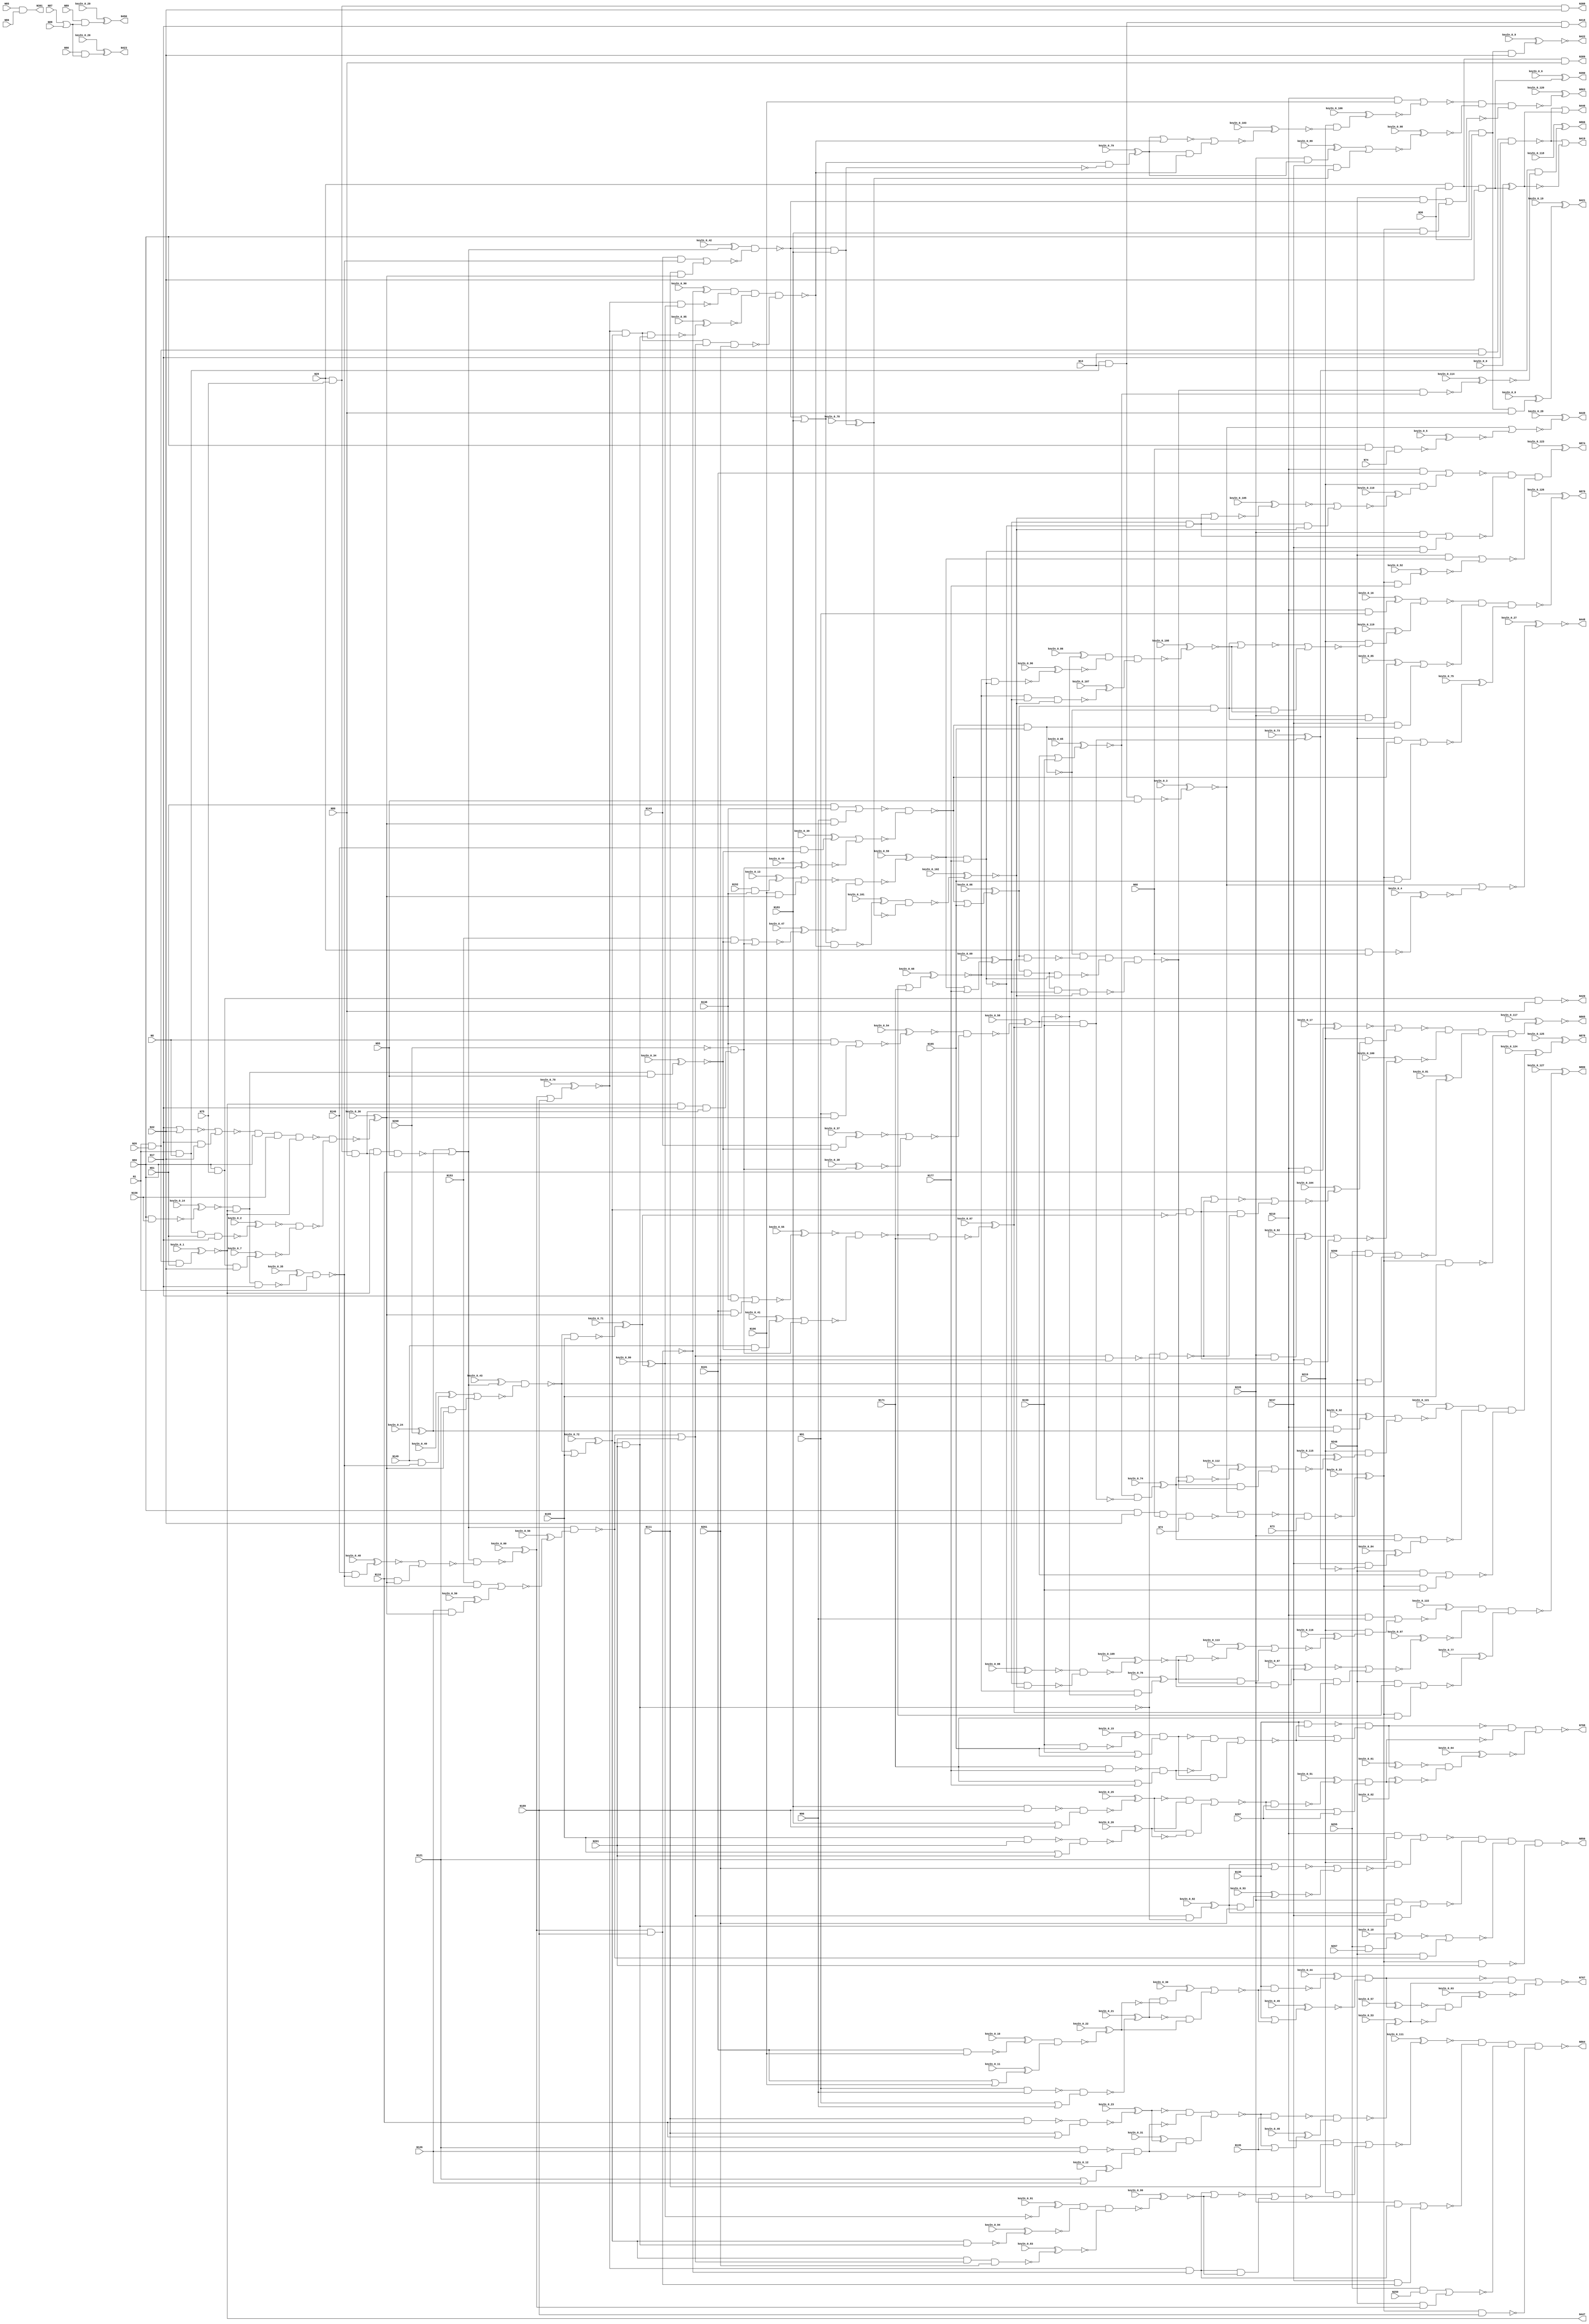
`timescale 1ns / 1ps
// Verilog
// c880
// Ninputs 60
// Noutputs 26
// NtotalGates 383
// NAND4 13
// AND3 12
// NAND2 60
// NAND3 14
// AND2 105
// OR2 29
// NOT1 63
// NOR2 61
// BUFF1 26

module top (N1,N8,N13,N17,N26,N29,N36,N42,N51,N55,
             N59,N68,N72,N73,N74,N75,N80,N85,N86,N87,
             N88,N89,N90,N91,N96,N101,N106,N111,N116,N121,
             N126,N130,N135,N138,N143,N146,N149,N152,N153,N156,
             N159,N165,N171,N177,N183,N189,N195,N201,N207,N210,
             N219,N228,N237,N246,N255,N259,N260,N261,N267,N268,
             N388,N389,N390,N391,N418,N419,N420,N421,N422,N423,
             N446,N447,N448,N449,N450,N767,N768,N850,N863,N864,
                  N865,N866,N874,N878,N879,N880,
        keyIn_0_0, keyIn_0_1, keyIn_0_2, keyIn_0_3, keyIn_0_4,
        keyIn_0_5, keyIn_0_6, keyIn_0_7, keyIn_0_8, keyIn_0_9,
        keyIn_0_10, keyIn_0_11, keyIn_0_12, keyIn_0_13, keyIn_0_14,
        keyIn_0_15, keyIn_0_16, keyIn_0_17, keyIn_0_18, keyIn_0_19,
        keyIn_0_20, keyIn_0_21, keyIn_0_22, keyIn_0_23, keyIn_0_24,
        keyIn_0_25, keyIn_0_26, keyIn_0_27, keyIn_0_28, keyIn_0_29,
        keyIn_0_30, keyIn_0_31, keyIn_0_32, keyIn_0_33, keyIn_0_34,
        keyIn_0_35, keyIn_0_36, keyIn_0_37, keyIn_0_38, keyIn_0_39,
        keyIn_0_40, keyIn_0_41, keyIn_0_42, keyIn_0_43, keyIn_0_44,
        keyIn_0_45, keyIn_0_46, keyIn_0_47, keyIn_0_48, keyIn_0_49,
        keyIn_0_50, keyIn_0_51, keyIn_0_52, keyIn_0_53, keyIn_0_54,
        keyIn_0_55, keyIn_0_56, keyIn_0_57, keyIn_0_58, keyIn_0_59,
        keyIn_0_60, keyIn_0_61, keyIn_0_62, keyIn_0_63, keyIn_0_64,
        keyIn_0_65, keyIn_0_66, keyIn_0_67, keyIn_0_68, keyIn_0_69,
        keyIn_0_70, keyIn_0_71, keyIn_0_72, keyIn_0_73, keyIn_0_74,
        keyIn_0_75, keyIn_0_76, keyIn_0_77, keyIn_0_78, keyIn_0_79,
        keyIn_0_80, keyIn_0_81, keyIn_0_82, keyIn_0_83, keyIn_0_84,
        keyIn_0_85, keyIn_0_86, keyIn_0_87, keyIn_0_88, keyIn_0_89,
        keyIn_0_90, keyIn_0_91, keyIn_0_92, keyIn_0_93, keyIn_0_94,
        keyIn_0_95, keyIn_0_96, keyIn_0_97, keyIn_0_98, keyIn_0_99,
        keyIn_0_100, keyIn_0_101, keyIn_0_102, keyIn_0_103, keyIn_0_104,
        keyIn_0_105, keyIn_0_106, keyIn_0_107, keyIn_0_108, keyIn_0_109,
        keyIn_0_110, keyIn_0_111, keyIn_0_112, keyIn_0_113, keyIn_0_114,
        keyIn_0_115, keyIn_0_116, keyIn_0_117, keyIn_0_118, keyIn_0_119,
        keyIn_0_120, keyIn_0_121, keyIn_0_122, keyIn_0_123, keyIn_0_124,
        keyIn_0_125, keyIn_0_126, keyIn_0_127);

  input keyIn_0_0, keyIn_0_1, keyIn_0_2, keyIn_0_3, keyIn_0_4;
  input keyIn_0_5, keyIn_0_6, keyIn_0_7, keyIn_0_8, keyIn_0_9;
  input keyIn_0_10, keyIn_0_11, keyIn_0_12, keyIn_0_13, keyIn_0_14;
  input keyIn_0_15, keyIn_0_16, keyIn_0_17, keyIn_0_18, keyIn_0_19;
  input keyIn_0_20, keyIn_0_21, keyIn_0_22, keyIn_0_23, keyIn_0_24;
  input keyIn_0_25, keyIn_0_26, keyIn_0_27, keyIn_0_28, keyIn_0_29;
  input keyIn_0_30, keyIn_0_31, keyIn_0_32, keyIn_0_33, keyIn_0_34;
  input keyIn_0_35, keyIn_0_36, keyIn_0_37, keyIn_0_38, keyIn_0_39;
  input keyIn_0_40, keyIn_0_41, keyIn_0_42, keyIn_0_43, keyIn_0_44;
  input keyIn_0_45, keyIn_0_46, keyIn_0_47, keyIn_0_48, keyIn_0_49;
  input keyIn_0_50, keyIn_0_51, keyIn_0_52, keyIn_0_53, keyIn_0_54;
  input keyIn_0_55, keyIn_0_56, keyIn_0_57, keyIn_0_58, keyIn_0_59;
  input keyIn_0_60, keyIn_0_61, keyIn_0_62, keyIn_0_63, keyIn_0_64;
  input keyIn_0_65, keyIn_0_66, keyIn_0_67, keyIn_0_68, keyIn_0_69;
  input keyIn_0_70, keyIn_0_71, keyIn_0_72, keyIn_0_73, keyIn_0_74;
  input keyIn_0_75, keyIn_0_76, keyIn_0_77, keyIn_0_78, keyIn_0_79;
  input keyIn_0_80, keyIn_0_81, keyIn_0_82, keyIn_0_83, keyIn_0_84;
  input keyIn_0_85, keyIn_0_86, keyIn_0_87, keyIn_0_88, keyIn_0_89;
  input keyIn_0_90, keyIn_0_91, keyIn_0_92, keyIn_0_93, keyIn_0_94;
  input keyIn_0_95, keyIn_0_96, keyIn_0_97, keyIn_0_98, keyIn_0_99;
  input keyIn_0_100, keyIn_0_101, keyIn_0_102, keyIn_0_103, keyIn_0_104;
  input keyIn_0_105, keyIn_0_106, keyIn_0_107, keyIn_0_108, keyIn_0_109;
  input keyIn_0_110, keyIn_0_111, keyIn_0_112, keyIn_0_113, keyIn_0_114;
  input keyIn_0_115, keyIn_0_116, keyIn_0_117, keyIn_0_118, keyIn_0_119;
  input keyIn_0_120, keyIn_0_121, keyIn_0_122, keyIn_0_123, keyIn_0_124;
  input keyIn_0_125, keyIn_0_126, keyIn_0_127;

  wire [0:127] KeyWire_0;
  wire [0:67] KeyNOTWire_0;

input N1,N8,N13,N17,N26,N29,N36,N42,N51,N55,
      N59,N68,N72,N73,N74,N75,N80,N85,N86,N87,
      N88,N89,N90,N91,N96,N101,N106,N111,N116,N121,
      N126,N130,N135,N138,N143,N146,N149,N152,N153,N156,
      N159,N165,N171,N177,N183,N189,N195,N201,N207,N210,
      N219,N228,N237,N246,N255,N259,N260,N261,N267,N268;

output N388,N389,N390,N391,N418,N419,N420,N421,N422,N423,
       N446,N447,N448,N449,N450,N767,N768,N850,N863,N864,
       N865,N866,N874,N878,N879,N880;

wire N269,N270,N273,N276,N279,N280,N284,N285,N286,N287,
     N290,N291,N292,N293,N294,N295,N296,N297,N298,N301,
     N302,N303,N304,N305,N306,N307,N308,N309,N310,N316,
     N317,N318,N319,N322,N323,N324,N325,N326,N327,N328,
     N329,N330,N331,N332,N333,N334,N335,N336,N337,N338,
     N339,N340,N341,N342,N343,N344,N345,N346,N347,N348,
     N349,N350,N351,N352,N353,N354,N355,N356,N357,N360,
     N363,N366,N369,N375,N376,N379,N382,N385,N392,N393,
     N399,N400,N401,N402,N403,N404,N405,N406,N407,N408,
     N409,N410,N411,N412,N413,N414,N415,N416,N417,N424,
     N425,N426,N427,N432,N437,N442,N443,N444,N445,N451,
     N460,N463,N466,N475,N476,N477,N478,N479,N480,N481,
     N482,N483,N488,N489,N490,N491,N492,N495,N498,N499,
     N500,N501,N502,N503,N504,N505,N506,N507,N508,N509,
     N510,N511,N512,N513,N514,N515,N516,N517,N518,N519,
     N520,N521,N522,N523,N524,N525,N526,N527,N528,N529,
     N530,N533,N536,N537,N538,N539,N540,N541,N542,N543,
     N544,N547,N550,N551,N552,N553,N557,N561,N565,N569,
     N573,N577,N581,N585,N586,N587,N588,N589,N590,N593,
     N596,N597,N600,N605,N606,N609,N615,N616,N619,N624,
     N625,N628,N631,N632,N635,N640,N641,N644,N650,N651,
     N654,N659,N660,N661,N662,N665,N669,N670,N673,N677,
     N678,N682,N686,N687,N692,N696,N697,N700,N704,N705,
     N708,N712,N713,N717,N721,N722,N727,N731,N732,N733,
     N734,N735,N736,N737,N738,N739,N740,N741,N742,N743,
     N744,N745,N746,N747,N748,N749,N750,N751,N752,N753,
     N754,N755,N756,N757,N758,N759,N760,N761,N762,N763,
     N764,N765,N766,N769,N770,N771,N772,N773,N777,N778,
     N781,N782,N785,N786,N787,N788,N789,N790,N791,N792,
     N793,N794,N795,N796,N802,N803,N804,N805,N806,N807,
     N808,N809,N810,N811,N812,N813,N814,N815,N819,N822,
     N825,N826,N827,N828,N829,N830,N831,N832,N833,N834,
     N835,N836,N837,N838,N839,N840,N841,N842,N843,N844,
     N845,N846,N847,N848,N849,N851,N852,N853,N854,N855,
     N856,N857,N858,N859,N860,N861,N862,N867,N868,N869,
     N870,N871,N872,N873,N875,N876,N877;

nand NAND4_1 (N269, N1, N8, N13, N17);
nand NAND4_2 (N270, N1, N26, N13, N17);
  and AND3_3 (KeyWire_0[0], N29, N36, N42);
  xor KeyGate_0_0(KeyNOTWire_0[0], keyIn_0_0, KeyWire_0[0]);
  not KeyNOTGate_0_0(N273, KeyNOTWire_0[0]);
  and AND3_4 (KeyWire_0[1], N1, N26, N51);
  xnor KeyGate_0_1(N276, keyIn_0_1, KeyWire_0[1]);
  nand NAND4_5 (KeyWire_0[2], N1, N8, N51, N17);
  xor KeyGate_0_2(N279, keyIn_0_2, KeyWire_0[2]);
  nand NAND4_6 (KeyWire_0[3], N1, N8, N13, N55);
  xor KeyGate_0_3(KeyNOTWire_0[1], keyIn_0_3, KeyWire_0[3]);
  not KeyNOTGate_0_1(N280, KeyNOTWire_0[1]);
nand NAND4_7 (N284, N59, N42, N68, N72);
  nand NAND2_8 (KeyWire_0[4], N29, N68);
  xor KeyGate_0_4(KeyNOTWire_0[2], keyIn_0_4, KeyWire_0[4]);
  not KeyNOTGate_0_2(N285, KeyNOTWire_0[2]);
  nand NAND3_9 (KeyWire_0[5], N59, N68, N74);
  xor KeyGate_0_5(KeyNOTWire_0[3], keyIn_0_5, KeyWire_0[5]);
  not KeyNOTGate_0_3(N286, KeyNOTWire_0[3]);
and AND3_10 (N287, N29, N75, N80);
and AND3_11 (N290, N29, N75, N42);
and AND3_12 (N291, N29, N36, N80);
  and AND3_13 (KeyWire_0[6], N29, N36, N42);
  xor KeyGate_0_6(N292, keyIn_0_6, KeyWire_0[6]);
and AND3_14 (N293, N59, N75, N80);
  and AND3_15 (KeyWire_0[7], N59, N75, N42);
  xor KeyGate_0_7(N294, keyIn_0_7, KeyWire_0[7]);
  and AND3_16 (KeyWire_0[8], N59, N36, N80);
  xor KeyGate_0_8(KeyNOTWire_0[4], keyIn_0_8, KeyWire_0[8]);
  not KeyNOTGate_0_4(N295, KeyNOTWire_0[4]);
  and AND3_17 (KeyWire_0[9], N59, N36, N42);
  xnor KeyGate_0_9(KeyNOTWire_0[5], keyIn_0_9, KeyWire_0[9]);
  not KeyNOTGate_0_5(N296, KeyNOTWire_0[5]);
and AND2_18 (N297, N85, N86);
or OR2_19 (N298, N87, N88);
nand NAND2_20 (N301, N91, N96);
or OR2_21 (N302, N91, N96);
  nand NAND2_22 (KeyWire_0[10], N101, N106);
  xor KeyGate_0_10(N303, keyIn_0_10, KeyWire_0[10]);
  or OR2_23 (KeyWire_0[11], N101, N106);
  xnor KeyGate_0_11(KeyNOTWire_0[6], keyIn_0_11, KeyWire_0[11]);
  not KeyNOTGate_0_6(N304, KeyNOTWire_0[6]);
nand NAND2_24 (N305, N111, N116);
or OR2_25 (N306, N111, N116);
nand NAND2_26 (N307, N121, N126);
  or OR2_27 (KeyWire_0[12], N121, N126);
  xnor KeyGate_0_12(KeyNOTWire_0[7], keyIn_0_12, KeyWire_0[12]);
  not KeyNOTGate_0_7(N308, KeyNOTWire_0[7]);
and AND2_28 (N309, N8, N138);
not NOT1_29 (N310, N268);
and AND2_30 (N316, N51, N138);
and AND2_31 (N317, N17, N138);
  and AND2_32 (KeyWire_0[13], N152, N138);
  xor KeyGate_0_13(N318, keyIn_0_13, KeyWire_0[13]);
  nand NAND2_33 (KeyWire_0[14], N59, N156);
  xnor KeyGate_0_14(N319, keyIn_0_14, KeyWire_0[14]);
nor NOR2_34 (N322, N17, N42);
and AND2_35 (N323, N17, N42);
  nand NAND2_36 (KeyWire_0[15], N159, N165);
  xnor KeyGate_0_15(KeyNOTWire_0[8], keyIn_0_15, KeyWire_0[15]);
  not KeyNOTGate_0_8(N324, KeyNOTWire_0[8]);
or OR2_37 (N325, N159, N165);
nand NAND2_38 (N326, N171, N177);
or OR2_39 (N327, N171, N177);
nand NAND2_40 (N328, N183, N189);
or OR2_41 (N329, N183, N189);
nand NAND2_42 (N330, N195, N201);
or OR2_43 (N331, N195, N201);
  and AND2_44 (KeyWire_0[16], N210, N91);
  xor KeyGate_0_16(N332, keyIn_0_16, KeyWire_0[16]);
and AND2_45 (N333, N210, N96);
and AND2_46 (N334, N210, N101);
and AND2_47 (N335, N210, N106);
and AND2_48 (N336, N210, N111);
and AND2_49 (N337, N255, N259);
  and AND2_50 (KeyWire_0[17], N210, N116);
  xor KeyGate_0_17(KeyNOTWire_0[9], keyIn_0_17, KeyWire_0[17]);
  not KeyNOTGate_0_9(N338, KeyNOTWire_0[9]);
and AND2_51 (N339, N255, N260);
and AND2_52 (N340, N210, N121);
  and AND2_53 (KeyWire_0[18], N255, N267);
  xor KeyGate_0_18(KeyNOTWire_0[10], keyIn_0_18, KeyWire_0[18]);
  not KeyNOTGate_0_10(N341, KeyNOTWire_0[10]);
not NOT1_54 (N342, N269);
not NOT1_55 (N343, N273);
or OR2_56 (N344, N270, N273);
not NOT1_57 (N345, N276);
not NOT1_58 (N346, N276);
not NOT1_59 (N347, N279);
nor NOR2_60 (N348, N280, N284);
or OR2_61 (N349, N280, N285);
or OR2_62 (N350, N280, N286);
not NOT1_63 (N351, N293);
not NOT1_64 (N352, N294);
  not NOT1_65 (KeyWire_0[19], N295);
  xnor KeyGate_0_19(KeyNOTWire_0[11], keyIn_0_19, KeyWire_0[19]);
  not KeyNOTGate_0_11(N353, KeyNOTWire_0[11]);
not NOT1_66 (N354, N296);
nand NAND2_67 (N355, N89, N298);
  and AND2_68 (KeyWire_0[20], N90, N298);
  xnor KeyGate_0_20(KeyNOTWire_0[12], keyIn_0_20, KeyWire_0[20]);
  not KeyNOTGate_0_12(N356, KeyNOTWire_0[12]);
  nand NAND2_69 (KeyWire_0[21], N301, N302);
  xnor KeyGate_0_21(KeyNOTWire_0[13], keyIn_0_21, KeyWire_0[21]);
  not KeyNOTGate_0_13(N357, KeyNOTWire_0[13]);
  nand NAND2_70 (KeyWire_0[22], N303, N304);
  xor KeyGate_0_22(KeyNOTWire_0[14], keyIn_0_22, KeyWire_0[22]);
  not KeyNOTGate_0_14(N360, KeyNOTWire_0[14]);
  nand NAND2_71 (KeyWire_0[23], N305, N306);
  xnor KeyGate_0_23(N363, keyIn_0_23, KeyWire_0[23]);
nand NAND2_72 (N366, N307, N308);
  not NOT1_73 (KeyWire_0[24], N310);
  xor KeyGate_0_24(N369, keyIn_0_24, KeyWire_0[24]);
nor NOR2_74 (N375, N322, N323);
nand NAND2_75 (N376, N324, N325);
nand NAND2_76 (N379, N326, N327);
  nand NAND2_77 (KeyWire_0[25], N328, N329);
  xor KeyGate_0_25(KeyNOTWire_0[15], keyIn_0_25, KeyWire_0[25]);
  not KeyNOTGate_0_15(N382, KeyNOTWire_0[15]);
  nand NAND2_78 (KeyWire_0[26], N330, N331);
  xnor KeyGate_0_26(KeyNOTWire_0[16], keyIn_0_26, KeyWire_0[26]);
  not KeyNOTGate_0_16(N385, KeyNOTWire_0[16]);
buf BUFF1_79 (N388, N290);
buf BUFF1_80 (N389, N291);
buf BUFF1_81 (N390, N292);
buf BUFF1_82 (N391, N297);
or OR2_83 (N392, N270, N343);
not NOT1_84 (N393, N345);
not NOT1_85 (N399, N346);
and AND2_86 (N400, N348, N73);
  not NOT1_87 (KeyWire_0[27], N349);
  xnor KeyGate_0_27(N401, keyIn_0_27, KeyWire_0[27]);
  not NOT1_88 (KeyWire_0[28], N350);
  xnor KeyGate_0_28(KeyNOTWire_0[17], keyIn_0_28, KeyWire_0[28]);
  not KeyNOTGate_0_17(N402, KeyNOTWire_0[17]);
  not NOT1_89 (KeyWire_0[29], N355);
  xor KeyGate_0_29(N403, keyIn_0_29, KeyWire_0[29]);
not NOT1_90 (N404, N357);
not NOT1_91 (N405, N360);
  and AND2_92 (KeyWire_0[30], N357, N360);
  xor KeyGate_0_30(N406, keyIn_0_30, KeyWire_0[30]);
  not NOT1_93 (KeyWire_0[31], N363);
  xor KeyGate_0_31(N407, keyIn_0_31, KeyWire_0[31]);
not NOT1_94 (N408, N366);
and AND2_95 (N409, N363, N366);
nand NAND2_96 (N410, N347, N352);
not NOT1_97 (N411, N376);
not NOT1_98 (N412, N379);
and AND2_99 (N413, N376, N379);
not NOT1_100 (N414, N382);
not NOT1_101 (N415, N385);
and AND2_102 (N416, N382, N385);
  and AND2_103 (KeyWire_0[32], N210, N369);
  xnor KeyGate_0_32(KeyNOTWire_0[18], keyIn_0_32, KeyWire_0[32]);
  not KeyNOTGate_0_18(N417, KeyNOTWire_0[18]);
buf BUFF1_104 (N418, N342);
buf BUFF1_105 (N419, N344);
buf BUFF1_106 (N420, N351);
buf BUFF1_107 (N421, N353);
buf BUFF1_108 (N422, N354);
buf BUFF1_109 (N423, N356);
  not NOT1_110 (KeyWire_0[33], N400);
  xnor KeyGate_0_33(N424, keyIn_0_33, KeyWire_0[33]);
and AND2_111 (N425, N404, N405);
and AND2_112 (N426, N407, N408);
  and AND3_113 (KeyWire_0[34], N319, N393, N55);
  xor KeyGate_0_34(KeyNOTWire_0[19], keyIn_0_34, KeyWire_0[34]);
  not KeyNOTGate_0_19(N427, KeyNOTWire_0[19]);
and AND3_114 (N432, N393, N17, N287);
nand NAND3_115 (N437, N393, N287, N55);
nand NAND4_116 (N442, N375, N59, N156, N393);
  nand NAND3_117 (KeyWire_0[35], N393, N319, N17);
  xor KeyGate_0_35(N443, keyIn_0_35, KeyWire_0[35]);
and AND2_118 (N444, N411, N412);
and AND2_119 (N445, N414, N415);
buf BUFF1_120 (N446, N392);
buf BUFF1_121 (N447, N399);
buf BUFF1_122 (N448, N401);
buf BUFF1_123 (N449, N402);
buf BUFF1_124 (N450, N403);
not NOT1_125 (N451, N424);
nor NOR2_126 (N460, N406, N425);
nor NOR2_127 (N463, N409, N426);
  nand NAND2_128 (KeyWire_0[36], N442, N410);
  xnor KeyGate_0_36(KeyNOTWire_0[20], keyIn_0_36, KeyWire_0[36]);
  not KeyNOTGate_0_20(N466, KeyNOTWire_0[20]);
  and AND2_129 (KeyWire_0[37], N143, N427);
  xnor KeyGate_0_37(N475, keyIn_0_37, KeyWire_0[37]);
  and AND2_130 (KeyWire_0[38], N310, N432);
  xor KeyGate_0_38(KeyNOTWire_0[21], keyIn_0_38, KeyWire_0[38]);
  not KeyNOTGate_0_21(N476, KeyNOTWire_0[21]);
  and AND2_131 (KeyWire_0[39], N146, N427);
  xnor KeyGate_0_39(KeyNOTWire_0[22], keyIn_0_39, KeyWire_0[39]);
  not KeyNOTGate_0_22(N477, KeyNOTWire_0[22]);
  and AND2_132 (KeyWire_0[40], N310, N432);
  xor KeyGate_0_40(KeyNOTWire_0[23], keyIn_0_40, KeyWire_0[40]);
  not KeyNOTGate_0_23(N478, KeyNOTWire_0[23]);
  and AND2_133 (KeyWire_0[41], N149, N427);
  xor KeyGate_0_41(N479, keyIn_0_41, KeyWire_0[41]);
and AND2_134 (N480, N310, N432);
and AND2_135 (N481, N153, N427);
and AND2_136 (N482, N310, N432);
nand NAND2_137 (N483, N443, N1);
  or OR2_138 (KeyWire_0[42], N369, N437);
  xor KeyGate_0_42(N488, keyIn_0_42, KeyWire_0[42]);
or OR2_139 (N489, N369, N437);
  or OR2_140 (KeyWire_0[43], N369, N437);
  xnor KeyGate_0_43(KeyNOTWire_0[24], keyIn_0_43, KeyWire_0[43]);
  not KeyNOTGate_0_24(N490, KeyNOTWire_0[24]);
or OR2_141 (N491, N369, N437);
nor NOR2_142 (N492, N413, N444);
nor NOR2_143 (N495, N416, N445);
  nand NAND2_144 (KeyWire_0[44], N130, N460);
  xnor KeyGate_0_44(KeyNOTWire_0[25], keyIn_0_44, KeyWire_0[44]);
  not KeyNOTGate_0_25(N498, KeyNOTWire_0[25]);
  or OR2_145 (KeyWire_0[45], N130, N460);
  xor KeyGate_0_45(KeyNOTWire_0[26], keyIn_0_45, KeyWire_0[45]);
  not KeyNOTGate_0_26(N499, KeyNOTWire_0[26]);
nand NAND2_146 (N500, N463, N135);
  or OR2_147 (KeyWire_0[46], N463, N135);
  xor KeyGate_0_46(N501, keyIn_0_46, KeyWire_0[46]);
and AND2_148 (N502, N91, N466);
nor NOR2_149 (N503, N475, N476);
and AND2_150 (N504, N96, N466);
nor NOR2_151 (N505, N477, N478);
and AND2_152 (N506, N101, N466);
nor NOR2_153 (N507, N479, N480);
and AND2_154 (N508, N106, N466);
  nor NOR2_155 (KeyWire_0[47], N481, N482);
  xor KeyGate_0_47(KeyNOTWire_0[27], keyIn_0_47, KeyWire_0[47]);
  not KeyNOTGate_0_27(N509, KeyNOTWire_0[27]);
and AND2_156 (N510, N143, N483);
and AND2_157 (N511, N111, N466);
  and AND2_158 (KeyWire_0[48], N146, N483);
  xor KeyGate_0_48(KeyNOTWire_0[28], keyIn_0_48, KeyWire_0[48]);
  not KeyNOTGate_0_28(N512, KeyNOTWire_0[28]);
and AND2_159 (N513, N116, N466);
  and AND2_160 (KeyWire_0[49], N149, N483);
  xnor KeyGate_0_49(KeyNOTWire_0[29], keyIn_0_49, KeyWire_0[49]);
  not KeyNOTGate_0_29(N514, KeyNOTWire_0[29]);
and AND2_161 (N515, N121, N466);
and AND2_162 (N516, N153, N483);
  and AND2_163 (KeyWire_0[50], N126, N466);
  xnor KeyGate_0_50(KeyNOTWire_0[30], keyIn_0_50, KeyWire_0[50]);
  not KeyNOTGate_0_30(N517, KeyNOTWire_0[30]);
nand NAND2_164 (N518, N130, N492);
or OR2_165 (N519, N130, N492);
  nand NAND2_166 (KeyWire_0[51], N495, N207);
  xnor KeyGate_0_51(KeyNOTWire_0[31], keyIn_0_51, KeyWire_0[51]);
  not KeyNOTGate_0_31(N520, KeyNOTWire_0[31]);
or OR2_167 (N521, N495, N207);
and AND2_168 (N522, N451, N159);
and AND2_169 (N523, N451, N165);
and AND2_170 (N524, N451, N171);
  and AND2_171 (KeyWire_0[52], N451, N177);
  xor KeyGate_0_52(KeyNOTWire_0[32], keyIn_0_52, KeyWire_0[52]);
  not KeyNOTGate_0_32(N525, KeyNOTWire_0[32]);
and AND2_172 (N526, N451, N183);
nand NAND2_173 (N527, N451, N189);
nand NAND2_174 (N528, N451, N195);
nand NAND2_175 (N529, N451, N201);
nand NAND2_176 (N530, N498, N499);
  nand NAND2_177 (KeyWire_0[53], N500, N501);
  xnor KeyGate_0_53(KeyNOTWire_0[33], keyIn_0_53, KeyWire_0[53]);
  not KeyNOTGate_0_33(N533, KeyNOTWire_0[33]);
  nor NOR2_178 (KeyWire_0[54], N309, N502);
  xor KeyGate_0_54(KeyNOTWire_0[34], keyIn_0_54, KeyWire_0[54]);
  not KeyNOTGate_0_34(N536, KeyNOTWire_0[34]);
nor NOR2_179 (N537, N316, N504);
  nor NOR2_180 (KeyWire_0[55], N317, N506);
  xor KeyGate_0_55(KeyNOTWire_0[35], keyIn_0_55, KeyWire_0[55]);
  not KeyNOTGate_0_35(N538, KeyNOTWire_0[35]);
nor NOR2_181 (N539, N318, N508);
nor NOR2_182 (N540, N510, N511);
nor NOR2_183 (N541, N512, N513);
nor NOR2_184 (N542, N514, N515);
  nor NOR2_185 (KeyWire_0[56], N516, N517);
  xnor KeyGate_0_56(KeyNOTWire_0[36], keyIn_0_56, KeyWire_0[56]);
  not KeyNOTGate_0_36(N543, KeyNOTWire_0[36]);
nand NAND2_186 (N544, N518, N519);
nand NAND2_187 (N547, N520, N521);
  not NOT1_188 (KeyWire_0[57], N530);
  xnor KeyGate_0_57(N550, keyIn_0_57, KeyWire_0[57]);
not NOT1_189 (N551, N533);
and AND2_190 (N552, N530, N533);
  nand NAND2_191 (KeyWire_0[58], N536, N503);
  xor KeyGate_0_58(N553, keyIn_0_58, KeyWire_0[58]);
nand NAND2_192 (N557, N537, N505);
nand NAND2_193 (N561, N538, N507);
  nand NAND2_194 (KeyWire_0[59], N539, N509);
  xnor KeyGate_0_59(N565, keyIn_0_59, KeyWire_0[59]);
nand NAND2_195 (N569, N488, N540);
  nand NAND2_196 (KeyWire_0[60], N489, N541);
  xor KeyGate_0_60(N573, keyIn_0_60, KeyWire_0[60]);
nand NAND2_197 (N577, N490, N542);
nand NAND2_198 (N581, N491, N543);
  not NOT1_199 (KeyWire_0[61], N544);
  xor KeyGate_0_61(KeyNOTWire_0[37], keyIn_0_61, KeyWire_0[61]);
  not KeyNOTGate_0_37(N585, KeyNOTWire_0[37]);
  not NOT1_200 (KeyWire_0[62], N547);
  xor KeyGate_0_62(KeyNOTWire_0[38], keyIn_0_62, KeyWire_0[62]);
  not KeyNOTGate_0_38(N586, KeyNOTWire_0[38]);
and AND2_201 (N587, N544, N547);
  and AND2_202 (KeyWire_0[63], N550, N551);
  xor KeyGate_0_63(KeyNOTWire_0[39], keyIn_0_63, KeyWire_0[63]);
  not KeyNOTGate_0_39(N588, KeyNOTWire_0[39]);
  and AND2_203 (KeyWire_0[64], N585, N586);
  xnor KeyGate_0_64(N589, keyIn_0_64, KeyWire_0[64]);
nand NAND2_204 (N590, N553, N159);
  or OR2_205 (KeyWire_0[65], N553, N159);
  xnor KeyGate_0_65(N593, keyIn_0_65, KeyWire_0[65]);
and AND2_206 (N596, N246, N553);
nand NAND2_207 (N597, N557, N165);
  or OR2_208 (KeyWire_0[66], N557, N165);
  xnor KeyGate_0_66(KeyNOTWire_0[40], keyIn_0_66, KeyWire_0[66]);
  not KeyNOTGate_0_40(N600, KeyNOTWire_0[40]);
and AND2_209 (N605, N246, N557);
  nand NAND2_210 (KeyWire_0[67], N561, N171);
  xnor KeyGate_0_67(N606, keyIn_0_67, KeyWire_0[67]);
  or OR2_211 (KeyWire_0[68], N561, N171);
  xor KeyGate_0_68(KeyNOTWire_0[41], keyIn_0_68, KeyWire_0[68]);
  not KeyNOTGate_0_41(N609, KeyNOTWire_0[41]);
and AND2_212 (N615, N246, N561);
nand NAND2_213 (N616, N565, N177);
  or OR2_214 (KeyWire_0[69], N565, N177);
  xnor KeyGate_0_69(KeyNOTWire_0[42], keyIn_0_69, KeyWire_0[69]);
  not KeyNOTGate_0_42(N619, KeyNOTWire_0[42]);
and AND2_215 (N624, N246, N565);
nand NAND2_216 (N625, N569, N183);
or OR2_217 (N628, N569, N183);
and AND2_218 (N631, N246, N569);
nand NAND2_219 (N632, N573, N189);
  or OR2_220 (KeyWire_0[70], N573, N189);
  xnor KeyGate_0_70(N635, keyIn_0_70, KeyWire_0[70]);
and AND2_221 (N640, N246, N573);
  nand NAND2_222 (KeyWire_0[71], N577, N195);
  xnor KeyGate_0_71(N641, keyIn_0_71, KeyWire_0[71]);
  or OR2_223 (KeyWire_0[72], N577, N195);
  xnor KeyGate_0_72(KeyNOTWire_0[43], keyIn_0_72, KeyWire_0[72]);
  not KeyNOTGate_0_43(N644, KeyNOTWire_0[43]);
and AND2_224 (N650, N246, N577);
nand NAND2_225 (N651, N581, N201);
or OR2_226 (N654, N581, N201);
and AND2_227 (N659, N246, N581);
nor NOR2_228 (N660, N552, N588);
nor NOR2_229 (N661, N587, N589);
  not NOT1_230 (KeyWire_0[73], N590);
  xor KeyGate_0_73(KeyNOTWire_0[44], keyIn_0_73, KeyWire_0[73]);
  not KeyNOTGate_0_44(N662, KeyNOTWire_0[44]);
  and AND2_231 (KeyWire_0[74], N593, N590);
  xor KeyGate_0_74(N665, keyIn_0_74, KeyWire_0[74]);
nor NOR2_232 (N669, N596, N522);
not NOT1_233 (N670, N597);
and AND2_234 (N673, N600, N597);
  nor NOR2_235 (KeyWire_0[75], N605, N523);
  xor KeyGate_0_75(N677, keyIn_0_75, KeyWire_0[75]);
not NOT1_236 (N678, N606);
  and AND2_237 (KeyWire_0[76], N609, N606);
  xor KeyGate_0_76(N682, keyIn_0_76, KeyWire_0[76]);
  nor NOR2_238 (KeyWire_0[77], N615, N524);
  xnor KeyGate_0_77(KeyNOTWire_0[45], keyIn_0_77, KeyWire_0[77]);
  not KeyNOTGate_0_45(N686, KeyNOTWire_0[45]);
not NOT1_239 (N687, N616);
and AND2_240 (N692, N619, N616);
nor NOR2_241 (N696, N624, N525);
  not NOT1_242 (KeyWire_0[78], N625);
  xor KeyGate_0_78(N697, keyIn_0_78, KeyWire_0[78]);
  and AND2_243 (KeyWire_0[79], N628, N625);
  xnor KeyGate_0_79(KeyNOTWire_0[46], keyIn_0_79, KeyWire_0[79]);
  not KeyNOTGate_0_46(N700, KeyNOTWire_0[46]);
nor NOR2_244 (N704, N631, N526);
not NOT1_245 (N705, N632);
and AND2_246 (N708, N635, N632);
nor NOR2_247 (N712, N337, N640);
  not NOT1_248 (KeyWire_0[80], N641);
  xnor KeyGate_0_80(KeyNOTWire_0[47], keyIn_0_80, KeyWire_0[80]);
  not KeyNOTGate_0_47(N713, KeyNOTWire_0[47]);
and AND2_249 (N717, N644, N641);
  nor NOR2_250 (KeyWire_0[81], N339, N650);
  xor KeyGate_0_81(N721, keyIn_0_81, KeyWire_0[81]);
not NOT1_251 (N722, N651);
  and AND2_252 (KeyWire_0[82], N654, N651);
  xnor KeyGate_0_82(KeyNOTWire_0[48], keyIn_0_82, KeyWire_0[82]);
  not KeyNOTGate_0_48(N727, KeyNOTWire_0[48]);
nor NOR2_253 (N731, N341, N659);
nand NAND2_254 (N732, N654, N261);
  nand NAND3_255 (KeyWire_0[83], N644, N654, N261);
  xor KeyGate_0_83(KeyNOTWire_0[49], keyIn_0_83, KeyWire_0[83]);
  not KeyNOTGate_0_49(N733, KeyNOTWire_0[49]);
nand NAND4_256 (N734, N635, N644, N654, N261);
not NOT1_257 (N735, N662);
and AND2_258 (N736, N228, N665);
  and AND2_259 (KeyWire_0[84], N237, N662);
  xor KeyGate_0_84(N737, keyIn_0_84, KeyWire_0[84]);
not NOT1_260 (N738, N670);
  and AND2_261 (KeyWire_0[85], N228, N673);
  xnor KeyGate_0_85(KeyNOTWire_0[50], keyIn_0_85, KeyWire_0[85]);
  not KeyNOTGate_0_50(N739, KeyNOTWire_0[50]);
and AND2_262 (N740, N237, N670);
  not NOT1_263 (KeyWire_0[86], N678);
  xor KeyGate_0_86(N741, keyIn_0_86, KeyWire_0[86]);
  and AND2_264 (KeyWire_0[87], N228, N682);
  xor KeyGate_0_87(KeyNOTWire_0[51], keyIn_0_87, KeyWire_0[87]);
  not KeyNOTGate_0_51(N742, KeyNOTWire_0[51]);
and AND2_265 (N743, N237, N678);
  not NOT1_266 (KeyWire_0[88], N687);
  xor KeyGate_0_88(KeyNOTWire_0[52], keyIn_0_88, KeyWire_0[88]);
  not KeyNOTGate_0_52(N744, KeyNOTWire_0[52]);
and AND2_267 (N745, N228, N692);
and AND2_268 (N746, N237, N687);
not NOT1_269 (N747, N697);
  and AND2_270 (KeyWire_0[89], N228, N700);
  xor KeyGate_0_89(N748, keyIn_0_89, KeyWire_0[89]);
and AND2_271 (N749, N237, N697);
  not NOT1_272 (KeyWire_0[90], N705);
  xnor KeyGate_0_90(KeyNOTWire_0[53], keyIn_0_90, KeyWire_0[90]);
  not KeyNOTGate_0_53(N750, KeyNOTWire_0[53]);
and AND2_273 (N751, N228, N708);
and AND2_274 (N752, N237, N705);
  not NOT1_275 (KeyWire_0[91], N713);
  xor KeyGate_0_91(N753, keyIn_0_91, KeyWire_0[91]);
  and AND2_276 (KeyWire_0[92], N228, N717);
  xor KeyGate_0_92(N754, keyIn_0_92, KeyWire_0[92]);
and AND2_277 (N755, N237, N713);
not NOT1_278 (N756, N722);
nor NOR2_279 (N757, N727, N261);
  and AND2_280 (KeyWire_0[93], N727, N261);
  xnor KeyGate_0_93(N758, keyIn_0_93, KeyWire_0[93]);
and AND2_281 (N759, N228, N727);
and AND2_282 (N760, N237, N722);
  nand NAND2_283 (KeyWire_0[94], N644, N722);
  xnor KeyGate_0_94(N761, keyIn_0_94, KeyWire_0[94]);
nand NAND2_284 (N762, N635, N713);
  nand NAND3_285 (KeyWire_0[95], N635, N644, N722);
  xor KeyGate_0_95(KeyNOTWire_0[54], keyIn_0_95, KeyWire_0[95]);
  not KeyNOTGate_0_54(N763, KeyNOTWire_0[54]);
  nand NAND2_286 (KeyWire_0[96], N609, N687);
  xnor KeyGate_0_96(N764, keyIn_0_96, KeyWire_0[96]);
nand NAND2_287 (N765, N600, N678);
nand NAND3_288 (N766, N600, N609, N687);
buf BUFF1_289 (N767, N660);
buf BUFF1_290 (N768, N661);
nor NOR2_291 (N769, N736, N737);
nor NOR2_292 (N770, N739, N740);
  nor NOR2_293 (KeyWire_0[97], N742, N743);
  xnor KeyGate_0_97(N771, keyIn_0_97, KeyWire_0[97]);
nor NOR2_294 (N772, N745, N746);
nand NAND4_295 (N773, N750, N762, N763, N734);
  nor NOR2_296 (KeyWire_0[98], N748, N749);
  xor KeyGate_0_98(KeyNOTWire_0[55], keyIn_0_98, KeyWire_0[98]);
  not KeyNOTGate_0_55(N777, KeyNOTWire_0[55]);
  nand NAND3_297 (KeyWire_0[99], N753, N761, N733);
  xnor KeyGate_0_99(N778, keyIn_0_99, KeyWire_0[99]);
nor NOR2_298 (N781, N751, N752);
nand NAND2_299 (N782, N756, N732);
  nor NOR2_300 (KeyWire_0[100], N754, N755);
  xnor KeyGate_0_100(N785, keyIn_0_100, KeyWire_0[100]);
nor NOR2_301 (N786, N757, N758);
nor NOR2_302 (N787, N759, N760);
nor NOR2_303 (N788, N700, N773);
and AND2_304 (N789, N700, N773);
nor NOR2_305 (N790, N708, N778);
and AND2_306 (N791, N708, N778);
nor NOR2_307 (N792, N717, N782);
and AND2_308 (N793, N717, N782);
and AND2_309 (N794, N219, N786);
  nand NAND2_310 (KeyWire_0[101], N628, N773);
  xor KeyGate_0_101(N795, keyIn_0_101, KeyWire_0[101]);
  nand NAND2_311 (KeyWire_0[102], N795, N747);
  xnor KeyGate_0_102(N796, keyIn_0_102, KeyWire_0[102]);
  nor NOR2_312 (KeyWire_0[103], N788, N789);
  xor KeyGate_0_103(KeyNOTWire_0[56], keyIn_0_103, KeyWire_0[103]);
  not KeyNOTGate_0_56(N802, KeyNOTWire_0[56]);
nor NOR2_313 (N803, N790, N791);
  nor NOR2_314 (KeyWire_0[104], N792, N793);
  xor KeyGate_0_104(N804, keyIn_0_104, KeyWire_0[104]);
nor NOR2_315 (N805, N340, N794);
  nor NOR2_316 (KeyWire_0[105], N692, N796);
  xnor KeyGate_0_105(N806, keyIn_0_105, KeyWire_0[105]);
and AND2_317 (N807, N692, N796);
  and AND2_318 (KeyWire_0[106], N219, N802);
  xor KeyGate_0_106(KeyNOTWire_0[57], keyIn_0_106, KeyWire_0[106]);
  not KeyNOTGate_0_57(N808, KeyNOTWire_0[57]);
and AND2_319 (N809, N219, N803);
and AND2_320 (N810, N219, N804);
nand NAND4_321 (N811, N805, N787, N731, N529);
nand NAND2_322 (N812, N619, N796);
  nand NAND3_323 (KeyWire_0[107], N609, N619, N796);
  xnor KeyGate_0_107(KeyNOTWire_0[58], keyIn_0_107, KeyWire_0[107]);
  not KeyNOTGate_0_58(N813, KeyNOTWire_0[58]);
nand NAND4_324 (N814, N600, N609, N619, N796);
nand NAND4_325 (N815, N738, N765, N766, N814);
  nand NAND3_326 (KeyWire_0[108], N741, N764, N813);
  xor KeyGate_0_108(KeyNOTWire_0[59], keyIn_0_108, KeyWire_0[108]);
  not KeyNOTGate_0_59(N819, KeyNOTWire_0[59]);
  nand NAND2_327 (KeyWire_0[109], N744, N812);
  xnor KeyGate_0_109(N822, keyIn_0_109, KeyWire_0[109]);
  nor NOR2_328 (KeyWire_0[110], N806, N807);
  xor KeyGate_0_110(N825, keyIn_0_110, KeyWire_0[110]);
nor NOR2_329 (N826, N335, N808);
  nor NOR2_330 (KeyWire_0[111], N336, N809);
  xor KeyGate_0_111(KeyNOTWire_0[60], keyIn_0_111, KeyWire_0[111]);
  not KeyNOTGate_0_60(N827, KeyNOTWire_0[60]);
nor NOR2_331 (N828, N338, N810);
not NOT1_332 (N829, N811);
  nor NOR2_333 (KeyWire_0[112], N665, N815);
  xor KeyGate_0_112(N830, keyIn_0_112, KeyWire_0[112]);
and AND2_334 (N831, N665, N815);
nor NOR2_335 (N832, N673, N819);
and AND2_336 (N833, N673, N819);
  nor NOR2_337 (KeyWire_0[113], N682, N822);
  xnor KeyGate_0_113(KeyNOTWire_0[61], keyIn_0_113, KeyWire_0[113]);
  not KeyNOTGate_0_61(N834, KeyNOTWire_0[61]);
and AND2_338 (N835, N682, N822);
and AND2_339 (N836, N219, N825);
nand NAND3_340 (N837, N826, N777, N704);
nand NAND4_341 (N838, N827, N781, N712, N527);
nand NAND4_342 (N839, N828, N785, N721, N528);
not NOT1_343 (N840, N829);
  nand NAND2_344 (KeyWire_0[114], N815, N593);
  xnor KeyGate_0_114(N841, keyIn_0_114, KeyWire_0[114]);
  nor NOR2_345 (KeyWire_0[115], N830, N831);
  xor KeyGate_0_115(N842, keyIn_0_115, KeyWire_0[115]);
nor NOR2_346 (N843, N832, N833);
  nor NOR2_347 (KeyWire_0[116], N834, N835);
  xor KeyGate_0_116(N844, keyIn_0_116, KeyWire_0[116]);
nor NOR2_348 (N845, N334, N836);
not NOT1_349 (N846, N837);
not NOT1_350 (N847, N838);
  not NOT1_351 (KeyWire_0[117], N839);
  xnor KeyGate_0_117(KeyNOTWire_0[62], keyIn_0_117, KeyWire_0[117]);
  not KeyNOTGate_0_62(N848, KeyNOTWire_0[62]);
  and AND2_352 (KeyWire_0[118], N735, N841);
  xor KeyGate_0_118(KeyNOTWire_0[63], keyIn_0_118, KeyWire_0[118]);
  not KeyNOTGate_0_63(N849, KeyNOTWire_0[63]);
buf BUFF1_353 (N850, N840);
and AND2_354 (N851, N219, N842);
  and AND2_355 (KeyWire_0[119], N219, N843);
  xor KeyGate_0_119(N852, keyIn_0_119, KeyWire_0[119]);
and AND2_356 (N853, N219, N844);
nand NAND3_357 (N854, N845, N772, N696);
  not NOT1_358 (KeyWire_0[120], N846);
  xor KeyGate_0_120(N855, keyIn_0_120, KeyWire_0[120]);
not NOT1_359 (N856, N847);
not NOT1_360 (N857, N848);
not NOT1_361 (N858, N849);
  nor NOR2_362 (KeyWire_0[121], N417, N851);
  xor KeyGate_0_121(N859, keyIn_0_121, KeyWire_0[121]);
nor NOR2_363 (N860, N332, N852);
  nor NOR2_364 (KeyWire_0[122], N333, N853);
  xnor KeyGate_0_122(KeyNOTWire_0[64], keyIn_0_122, KeyWire_0[122]);
  not KeyNOTGate_0_64(N861, KeyNOTWire_0[64]);
  not NOT1_365 (KeyWire_0[123], N854);
  xnor KeyGate_0_123(N862, keyIn_0_123, KeyWire_0[123]);
buf BUFF1_366 (N863, N855);
buf BUFF1_367 (N864, N856);
buf BUFF1_368 (N865, N857);
buf BUFF1_369 (N866, N858);
nand NAND3_370 (N867, N859, N769, N669);
nand NAND3_371 (N868, N860, N770, N677);
nand NAND3_372 (N869, N861, N771, N686);
not NOT1_373 (N870, N862);
  not NOT1_374 (KeyWire_0[124], N867);
  xor KeyGate_0_124(KeyNOTWire_0[65], keyIn_0_124, KeyWire_0[124]);
  not KeyNOTGate_0_65(N871, KeyNOTWire_0[65]);
not NOT1_375 (N872, N868);
not NOT1_376 (N873, N869);
buf BUFF1_377 (N874, N870);
  not NOT1_378 (KeyWire_0[125], N871);
  xor KeyGate_0_125(N875, keyIn_0_125, KeyWire_0[125]);
  not NOT1_379 (KeyWire_0[126], N872);
  xnor KeyGate_0_126(KeyNOTWire_0[66], keyIn_0_126, KeyWire_0[126]);
  not KeyNOTGate_0_66(N876, KeyNOTWire_0[66]);
  not NOT1_380 (KeyWire_0[127], N873);
  xnor KeyGate_0_127(KeyNOTWire_0[67], keyIn_0_127, KeyWire_0[127]);
  not KeyNOTGate_0_67(N877, KeyNOTWire_0[67]);
buf BUFF1_381 (N878, N875);
buf BUFF1_382 (N879, N876);
buf BUFF1_383 (N880, N877);

endmodule